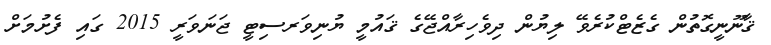
ޤާނޫނީގޮތުން ގެޒެޓްކުރެވޭ ލިޔުން ދިވެހިރާއްޖޭގެ ޤައުމީ ޔުނިވަރސިޓީ ޖަނަވަރީ 2015 ގައި ފެށުމަށް